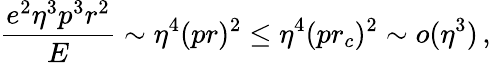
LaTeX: {\frac{e^{2}\eta^{3}p^{3}r^{2}}{E}}\sim\eta^{4}(pr)^{2}\le\eta^{4}(pr_{c})^{2}\sim o(\eta^{3})\, ,